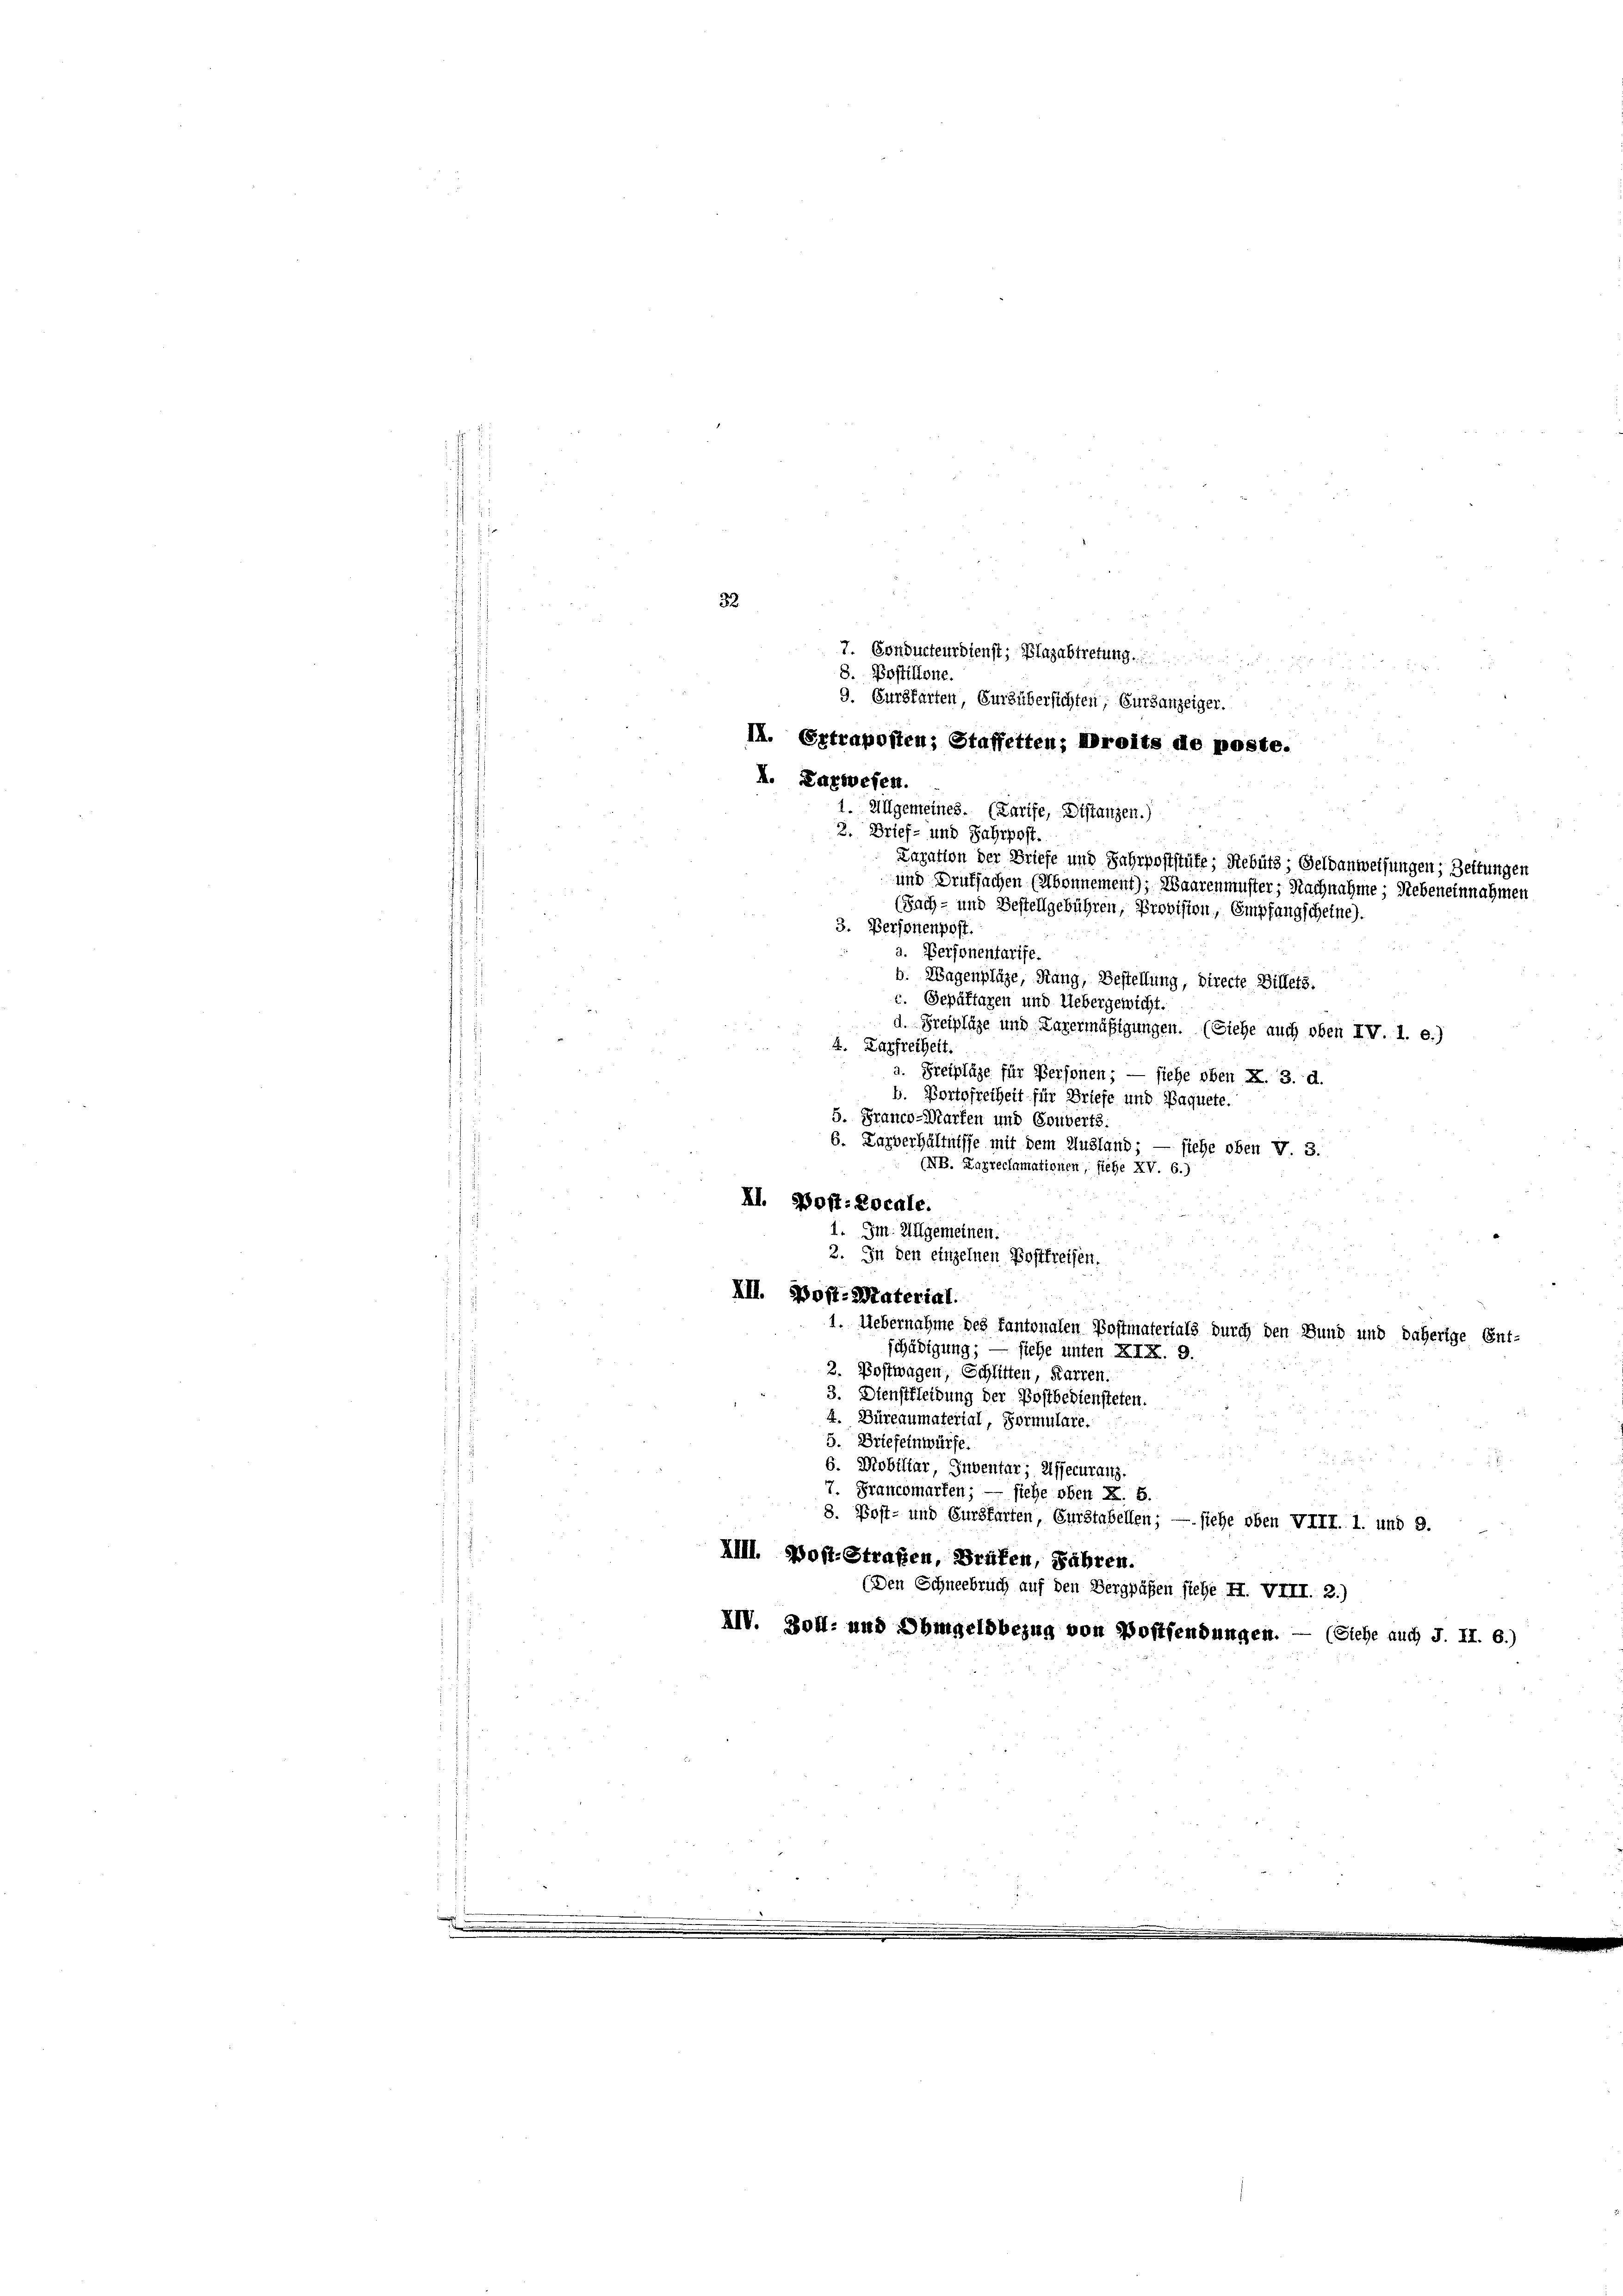
8. Postillone.
II. Ertraposten; Staffetten; Droits de poste.
I. Lazwesen.
3. Personenpost.
a. Personentarife.
b. Wagenpläge, Rang, Bestellung, directe Billets.
c. Gepäftaxen und Uebergewicht.
d. Freipläge und Lagermäßigungen. (Siehe auch oben IV. 1. e.)
4. Karfreiheit.
a. Freipläge für Personen; — siehe oben K. 3. d.
b. Portofreiheit für Briefe und Paquete.
5. Franco-Warten und Gruberts.
6. Larverhältnisse mit dem Ausland; — siehe oben V. 3.
(NB. Zugreclamationen, siehe XV. 6.)
XI. Bost:Locale.
1. Im Allgemeinen.
2. In den einzelnen Postfreisen.
III. Post-Material.
. Uebernahme des kantonalen Postmaterials durch den Bund und daherige Ent-
schädigung; — siehe unten XIX. 9.
2. Postwagen, Schlitten, Karten.
3. Dienstleidung der Postbediensteten.
4. Büreaumaterial, Formulare.
5. Briefeinwürfe.
.
6. Mobiliar, Inventar; Riffecuranz.
7. Franchmarken; — siehe oben z. B.
8. Post- und Eursfarten, Eurstabellen; — siehe oben VIII. 1. und 9.
XIII. Post-Strafen, Grafen, Fahren.
(Den Schneebruch auf den Vergpühen stehe. H. VIII. 2.)
XIV. Zoll- und Ohmgeldbezug von Postfendungen. — (Siehe auch J. II. 6.)

32

1. Allgemeines. (Karise, Distanzen.)
2. Brief- und Jahrpost.

7. Gonducteurdienst; Plazabtretung.
9. Cursfarten, Sursübersichten, Eursanzeiger.
Lavation der Briefe und Fahrpoststüfe; Rebüts; Geldanweisungen; Zeitungen
und Drufsachen (Abonnement); Waarenmuster; Nachnahme; Nebeneinnahmen
(Sach- und Bestellgebühren, Provision, Empfangscheine).